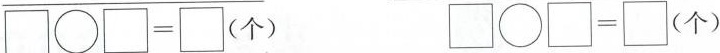
$$\square\bigcirc\square=\square(个)$$ $$\square\bigcirc\square=\square(个)$$